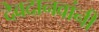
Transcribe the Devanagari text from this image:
देवदानवांनी